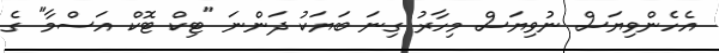
އެހެންވިޔަސް ނުވިޔަސް މިހާރު ގިނަ ބަޔަކު ދަންނަ "ޓިކް ޓޮކް އަސްމާ" ގެ